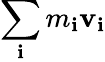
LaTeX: \, \! \sum_{\mathbf{i}}m_{\mathbf{i}}\mathbf{{v}}_{\mathbf{i}}